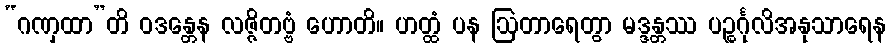
“ဂဏှထာ”တိ ဝဒန္တေန လဇ္ဇိတဗ္ဗံ ဟောတိ။ ဟတ္ထံ ပန ဩတာရေတွာ မဒ္ဒန္တဿ ပဉ္စင်္ဂုလိအနုသာရေန